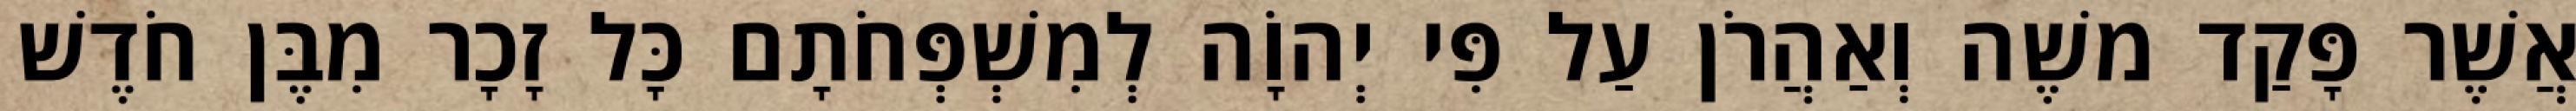
אֲשֶׁר פָּקַד משֶׁה וְאַהֲרֹן עַל פִּי יְהוָֹה לְמִשְׁפְּחֹתָם כָּל זָכָר מִבֶּן חֹדֶשׁ